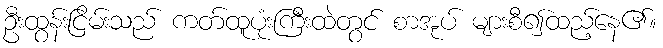
ဦးထွန်းငြိမ်းသည် ကတ်ထူပုံးကြီးထဲတွင် စာအုပ် များစီ၍ထည့်နေ၏။